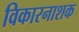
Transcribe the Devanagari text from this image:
विकारनाशक